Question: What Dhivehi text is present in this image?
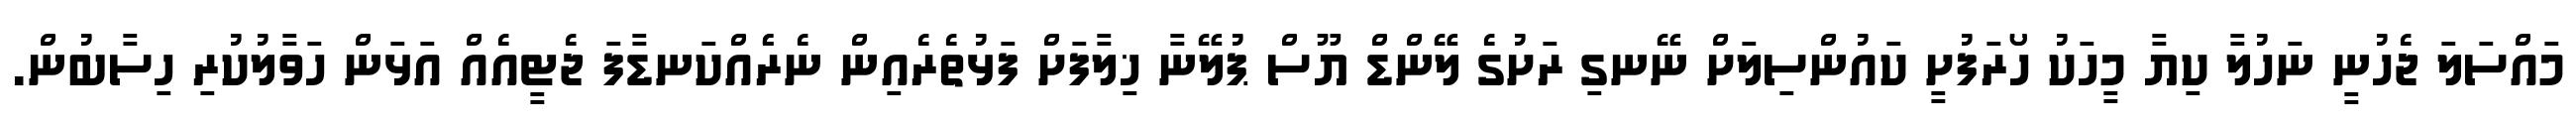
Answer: މައްސަލަ ޖެހުނީ ނަހުލާ ކިޔާ މީހަކު ހޯރަފުށީ ކައުންސިލަށް ނޭނގި ރަށުގެ ލޭންޑް ޔޫސް ޕުލޭނާ ޚިލާފަށް ފަޅުތެރެއިން ނެރެެއްކަނޑާފަ ޖެޓީއެއް އަޅަން ހަވާލުކުރި ހިސާބުން.